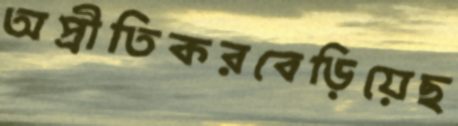
অপ্রীতিকরবেড়িয়েছ